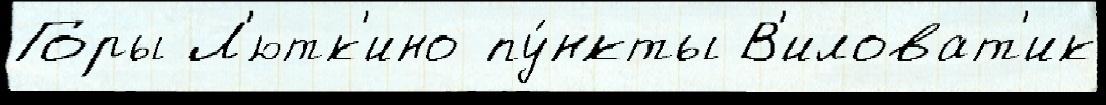
Горы Л'ютк'ино пу́нкты В'иловат'ик